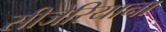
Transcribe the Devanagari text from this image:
सीजेरियाना